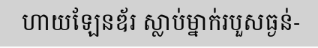
ហាយឡែនឌ័រ ស្លាប់ម្នាក់របួសធ្ងន់-